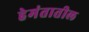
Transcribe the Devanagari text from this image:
हेमंतातील